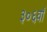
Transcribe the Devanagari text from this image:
३०६वाँ